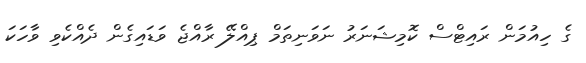
ގެ ހިއުމަން ރައިޓްސް ކޮމިޝަނަރު ނަވަނިތަމް ޕިއްލޭ ރާއްޖެ ވަޑައިގެން ދެއްކެވި ވާހަކަ